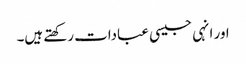
اور انہی جیسی عبادات رکھتے ہیں۔